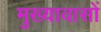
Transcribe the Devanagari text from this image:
मुख्यावासों